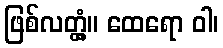
ဖြစ်လတ္တံ့။ ထေရော ဝါ၊